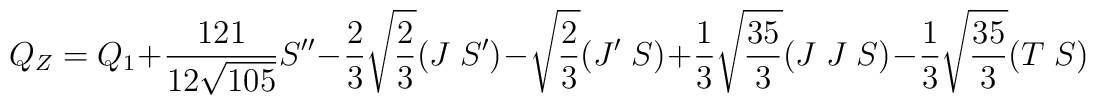
Q_Z  = Q_1+\frac{121}{12\sqrt{105}} S''-\frac{2}{3}\sqrt{\frac{2}{3}} (J\; S')- \sqrt{\frac{2}{3}} (J'\; S)+     \frac{1}{3}\sqrt{\frac{35}{3}} (J\; J\;S)-\frac{1}{3}\sqrt{\frac{35}{3}} (T \; S)